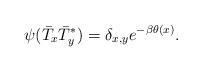
\begin{align*}\psi(\bar T_x\bar T_y^*)=\delta_{x,y}e^{-\beta\theta(x)}.\end{align*}